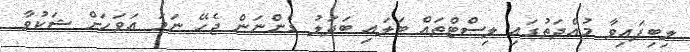
ލިބިފައިވާ މުއްދަތުގައި ލިސްޓްތައް ބަލައި ބަދަލު ގެންނަން ޖެހޭ ނަމަ އަވަހަށް ޝަކުވާ